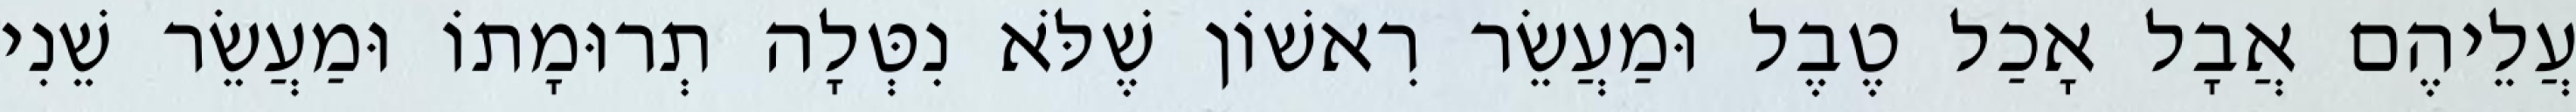
עֲלֵיהֶם אֲבָל אָכַל טֶבֶל וּמַעֲשֵׂר רִאשׁוֹן שֶׁלֹּא נִטְּלָה תְרוּמָתוֹ וּמַעֲשֵׂר שֵׁנִי